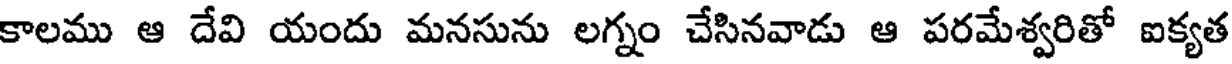
కాలము ఆ దేవి యందు మనసును లగ్నం చేసినవాడు ఆ పరమేశ్వరితో ఐక్యత